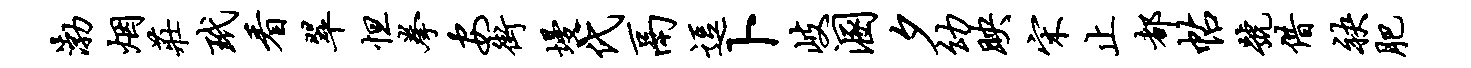
渤烟庄玳看翠怛拳安街墁代鬲逗卜岐溷夕幼映宋止都帖号借袂肥